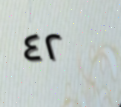
٤٢